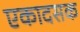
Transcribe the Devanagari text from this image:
एकादसक